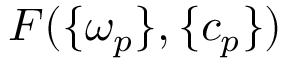
F ( \{ \omega _ { p } \} , \{ c _ { p } \} )